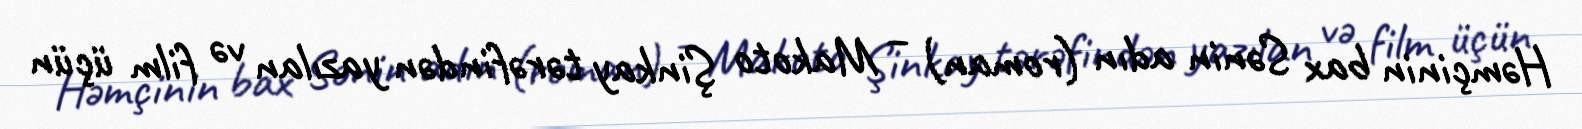
Həmçinin bax Sənin adın (roman) – Makoto Şinkay tərəfindən yazılan və film üçün